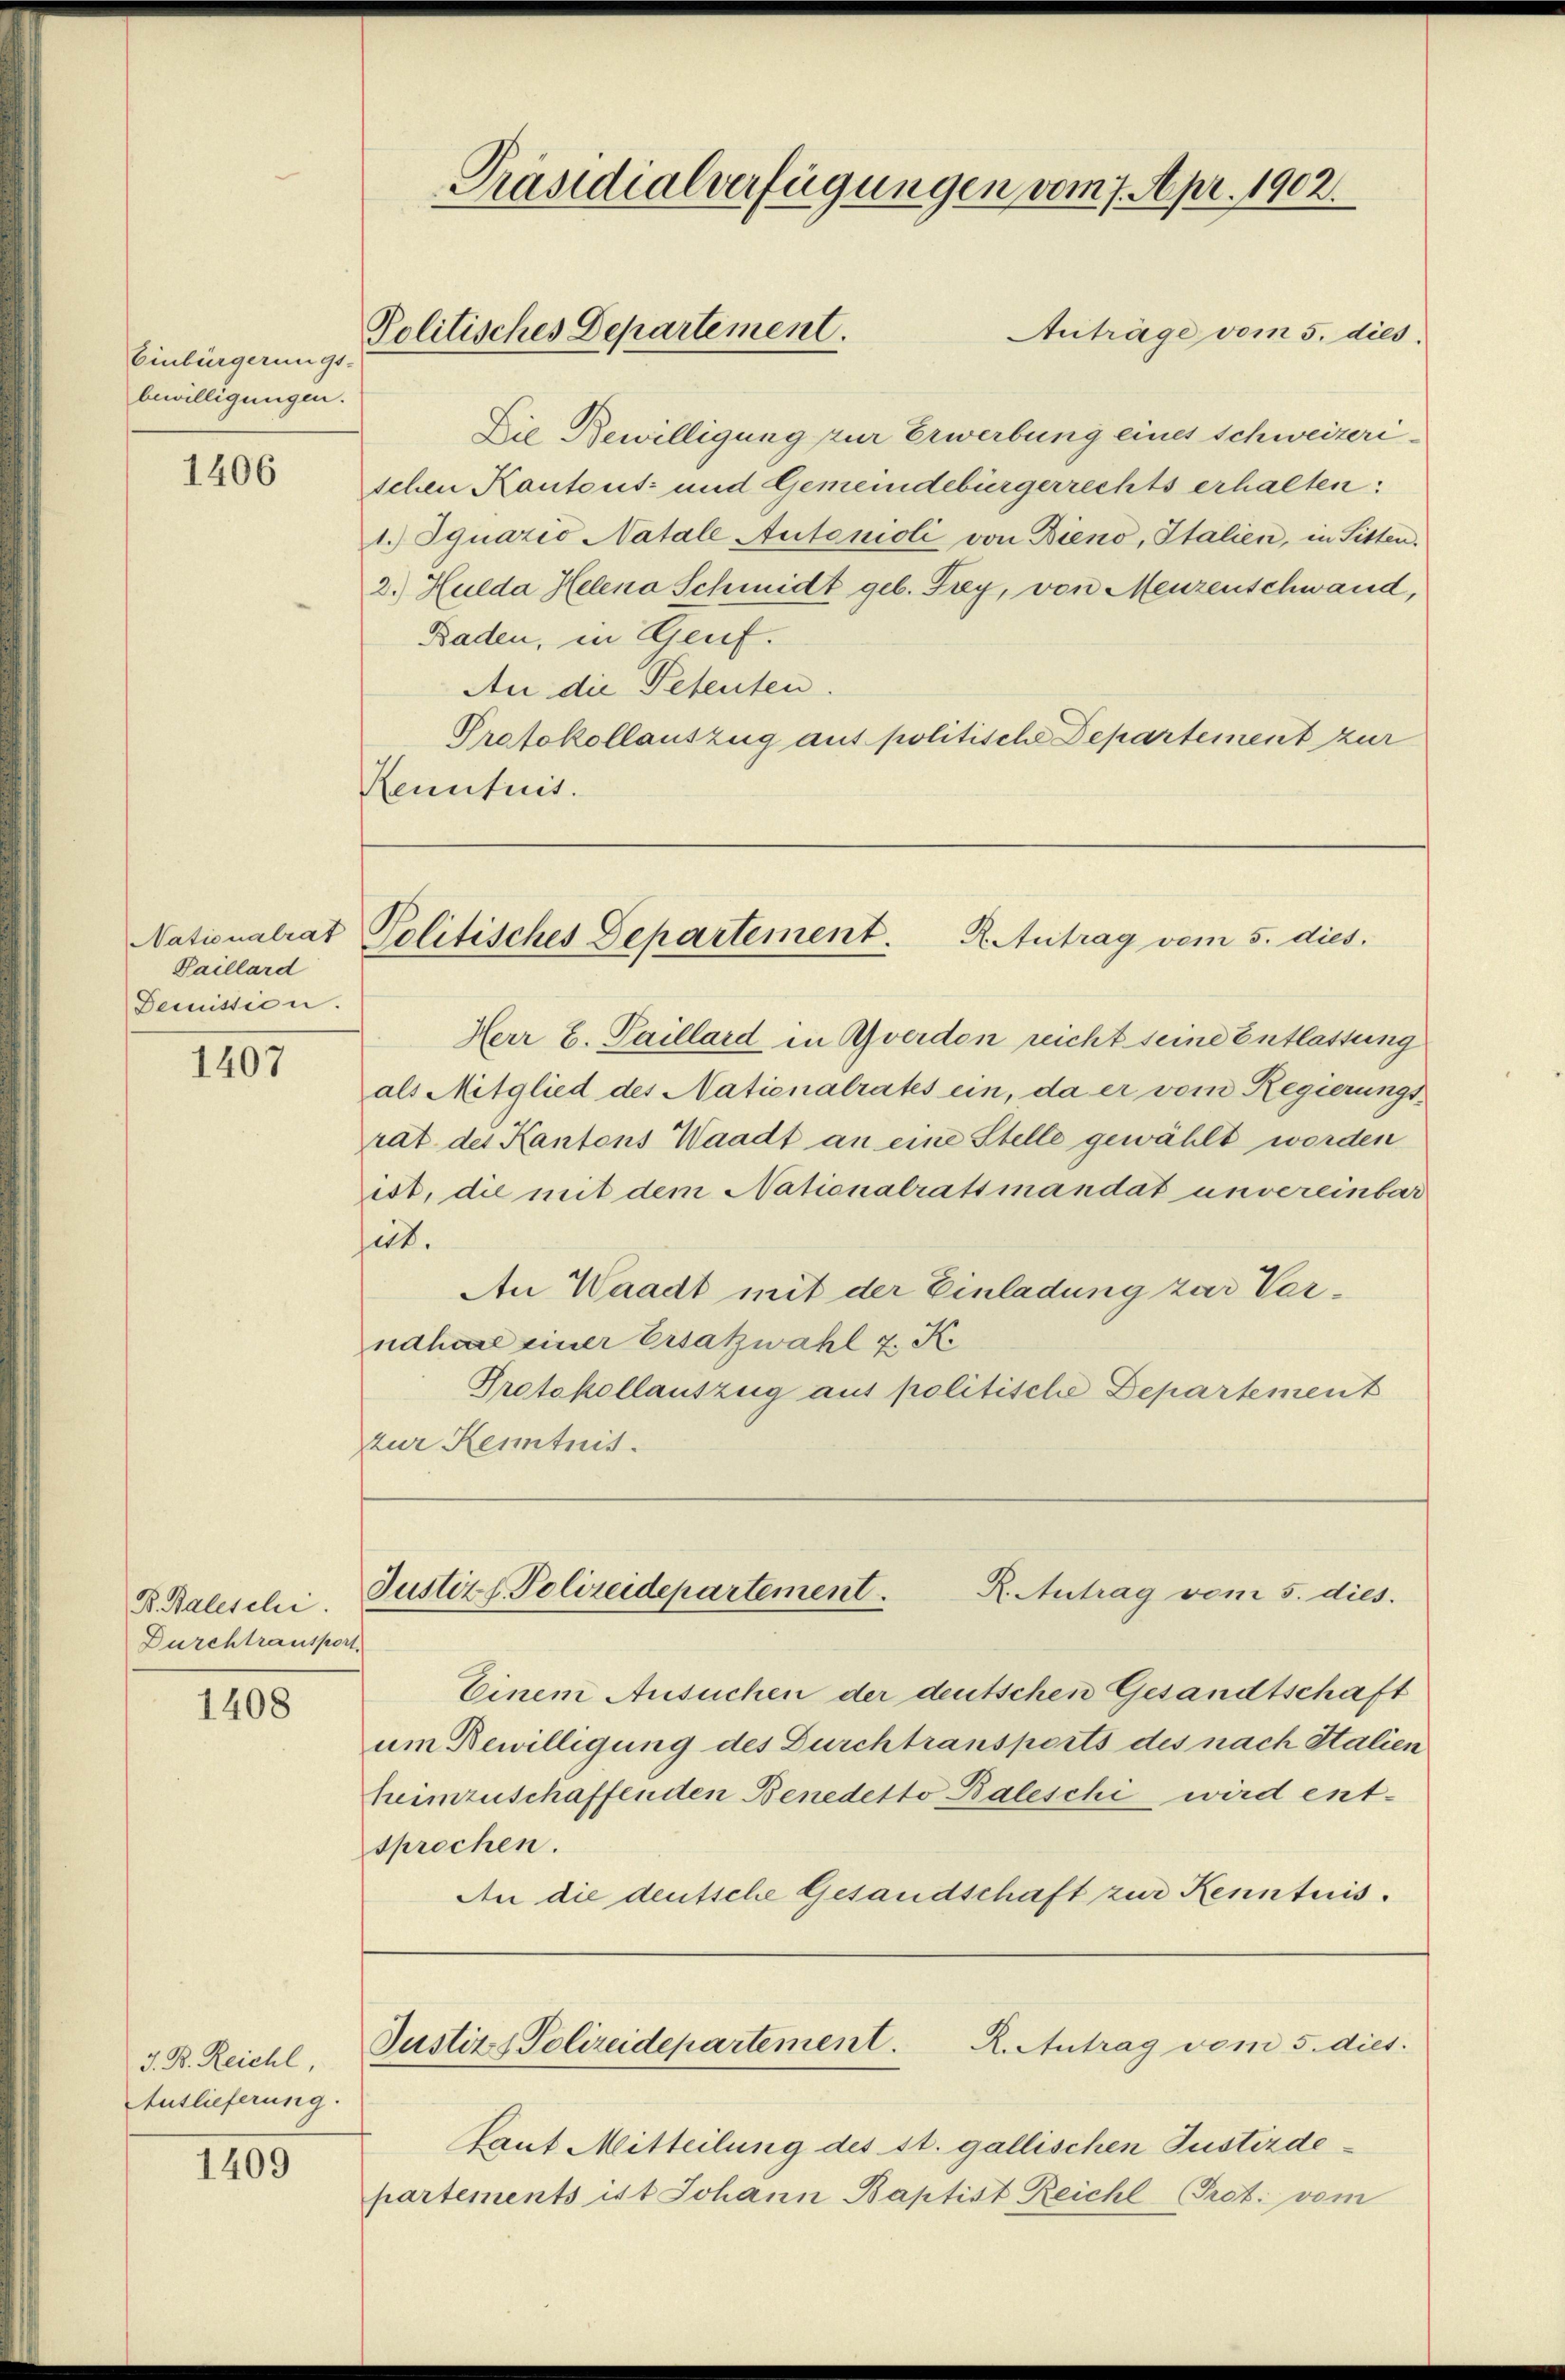
Einbürgerungs-
bewilligungen.

1406

Nationalrat
Paillard
Demission.

1407

B. Baleschi
Durchtransport.

1408

J. B. Reichl
Auslieferung.

1409

Präsidialverfügungen vom 7. Apr. 1902.
Politisches Departement.
Auträge vom 5. dies

Die Bewilligung zur Erwerbung eines Schweizerischen Kantons- und Gemeindebürgerrechts erhalten:
1.) Iquazio Natale Autonioli von Bieno, Italien, in Sitten.
2.) Hulda Helena Schmidt geb. Frey, von Menzenschwand,
Baden, in Genf.
An die Petenten.
Protokollauszug aus politische Departement zur
Kenntnis.

Politisches Departement.
R. Antrag vom 5. dies.

Justizl. Polizeidepartement.
R. Antrag vom 5. dies.

Einem Ansuchen der deutschen Gesandtschaft
um Bewilligung des Durchtransports des nach Italien
heimzuschaffenden Benedetto Baleschi wird ent-
sprochen.
An die deutsche Gesandschaft zur Kenntnis.

Herr E. Paillard in Averdon reicht seine Entlassung
als Mitglied des Nationalrates ein, da er vom Regierungs-
rat der Kantons Waadt an eine Stelle gewählt worden
ist, die mit dem Nationalratsmandat unvereinbar
ict.
An Waadt mit der Einladung zur Ver-
nahdal einer Ersatzwahl 7. K.
Protokollauszug aus politische Departement
zur Kenntnis.

R. Antrag vom 5. dies
Justiz & Polizeidepartement.
Raut Mitteilung des St. gallischen Justizdepartements ist Johann Baptist Reichl Prot. vom